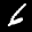
Label: 6